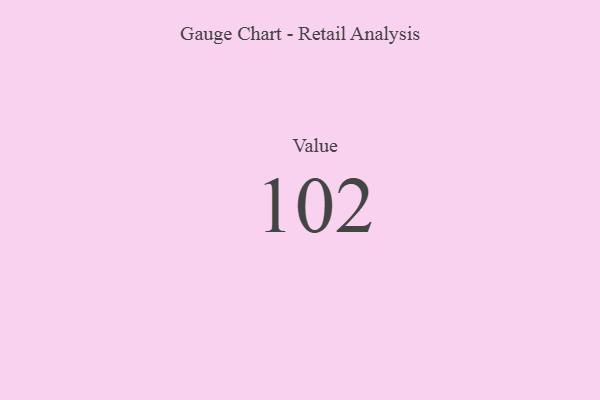
{"axis": {"x": "Metric", "y": "Value"}, "legend": [""], "data": [{"x": "Value", "y": 102, "type": ""}]}